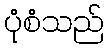
ပုံစံသည်